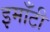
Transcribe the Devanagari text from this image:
इमाँटी